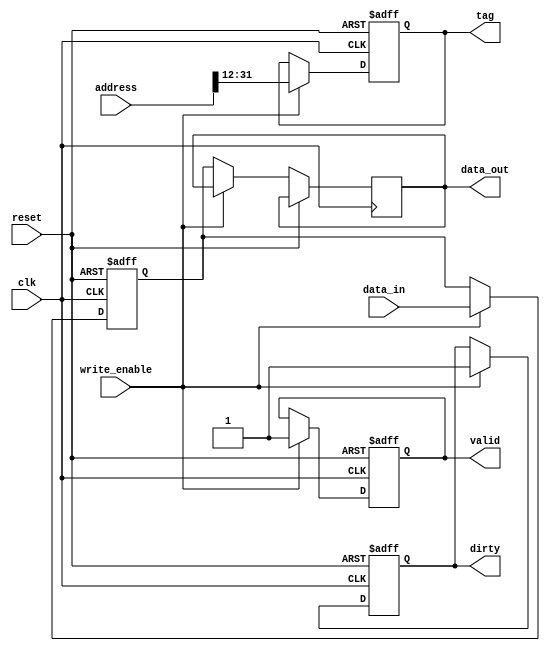
module cache_line (
    input wire clk,
    input wire reset,
    input wire [31:0] data_in,
    input wire [31:0] address,
    input wire write_enable,
    output reg [31:0] data_out,
    output reg valid,
    output reg dirty,
    output reg [19:0] tag
);
    reg [31:0] data; // Cache line data

    always @(posedge clk or posedge reset) begin
        if (reset) begin
            valid <= 0;
            dirty <= 0;
            tag <= 0;
            data <= 0;
        end else if (write_enable) begin
            valid <= 1;
            dirty <= 1;
            tag <= address[31:12]; // Example tag extraction
            data <= data_in;
        end else begin
            data_out <= data;
        end
    end
endmodule